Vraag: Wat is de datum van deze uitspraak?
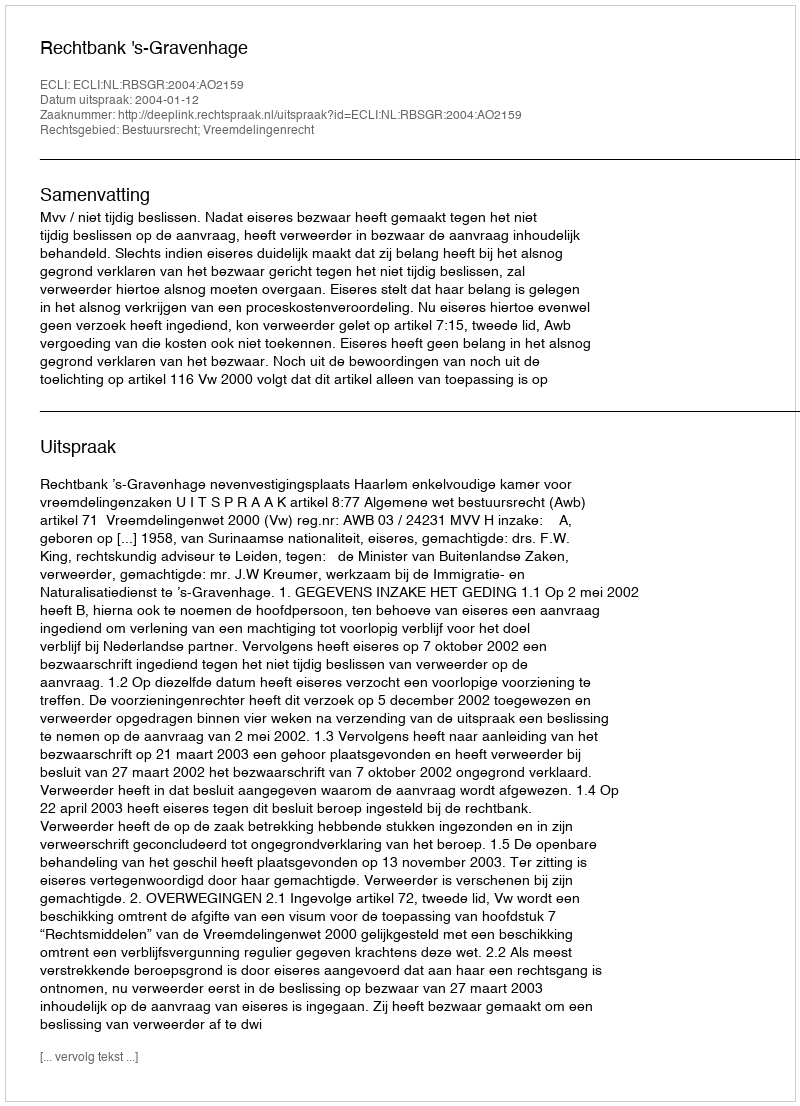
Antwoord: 2004-01-12